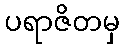
ပရာဇိတမှ